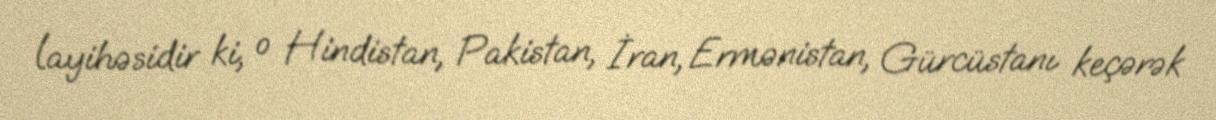
layihəsidir ki, o Hindistan, Pakistan, İran, Ermənistan, Gürcüstanı keçərək